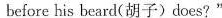
before his beard(胡子)does?"